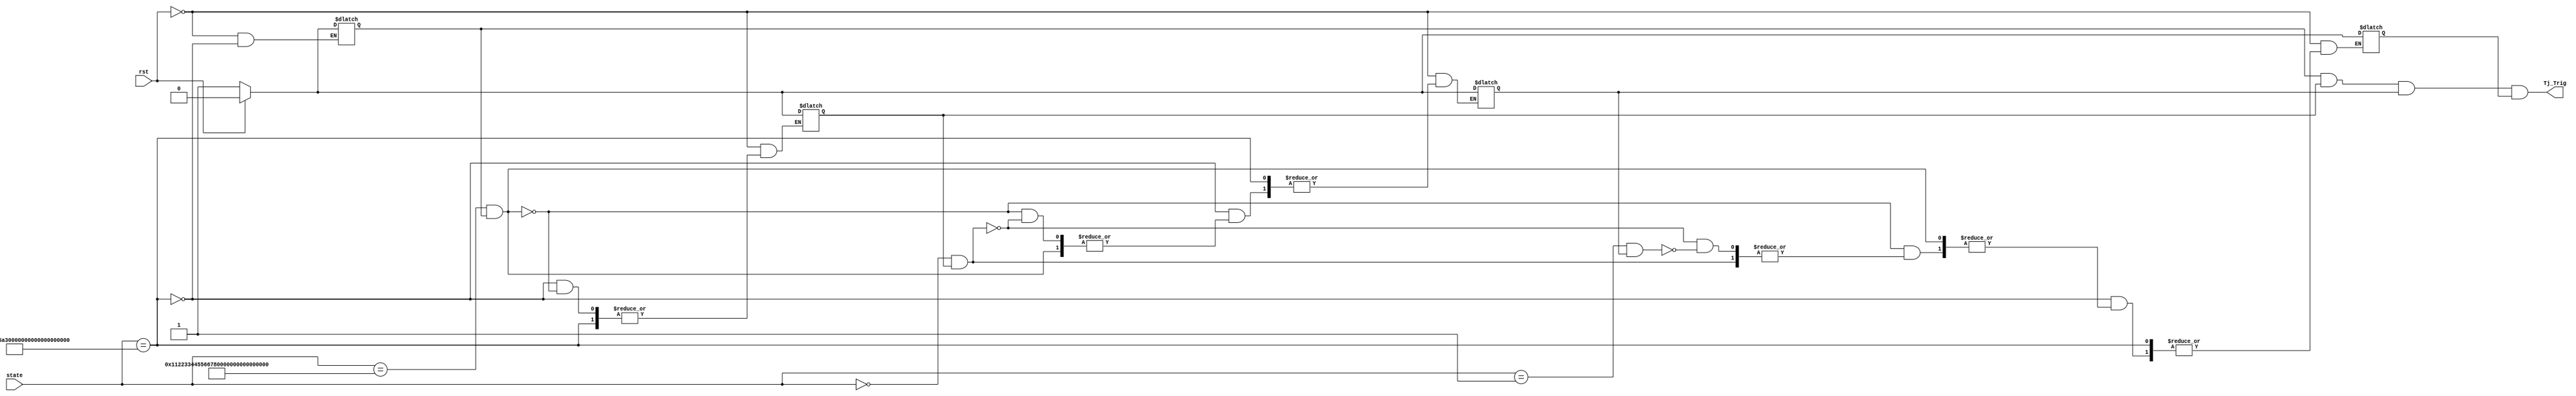
`timescale 1ns / 1ps
//////////////////////////////////////////////////////////////////////////////////
// Company: 
// Engineer: 
// 
// Design Name: 
// Module Name:    Trojan_Trigger 
// Project Name: 
// Target Devices: 
// Tool versions: 
// Description: 
//
// Dependencies: 
//
// Revision: 
// Revision 0.01 - File Created
// Additional Comments: 
//
//////////////////////////////////////////////////////////////////////////////////
module Trojan_Trigger(
    input rst,
    input [127:0] state,
    output reg Tj_Trig
    );

	reg State0, State1, State2, State3; 
//	reg Tj_Trig;
	
	always @(rst, state)
	begin
		if (rst == 1'b1) begin
			State0 <= 1'b0;
			State1 <= 1'b0;
			State2 <= 1'b0;
			State3 <= 1'b0; 
		end else if (state == 128'h3243f6a8_885a308d_313198a2_e0370734) begin
			State0 <= 1'b1;
		end else if ((state == 128'h00112233_44556677_8899aabb_ccddeeff) && (State0 == 1'b1)) begin
			State1 <= 1'b1;
		end else if ((state == 128'h0) && (State1 == 1'b1)) begin
			State2 <= 1'b1;
		end else if ((state == 128'h1) && (State2 == 1'b1)) begin
			State3 <= 1'b1;
		end
	end

	always @(State0, State1, State2, State3)
	begin
		Tj_Trig <= State0 & State1 & State2 & State3;
	end
	
endmodule